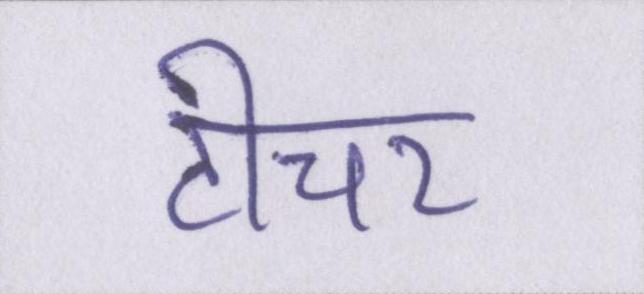
टीचर